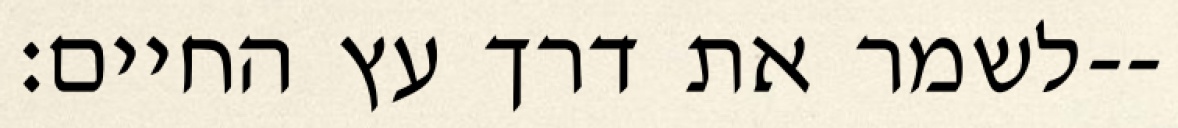
לשמר את דרך עץ החיים׃--